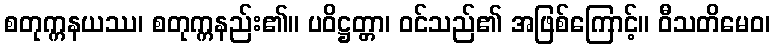
စတုက္ကနယဿ၊ စတုက္ကနည်း၏။ ပဝိဋ္ဌတ္တာ၊ ဝင်သည်၏ အဖြစ်ကြောင့်။ ဝီသတိမေဝ၊